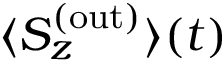
{ \langle S _ { z } ^ { ( \mathrm { o u t } ) } \rangle ( t ) }